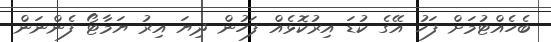
ބެހެއްޓުމަށް ފަހު އޭގެ ކުޑަ އިރުކޮޅެއް ފަހުން ދިޔަ އިރު ޔަމާޓޯ ފެންނަން